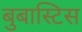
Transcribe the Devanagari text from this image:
बुबास्टिस